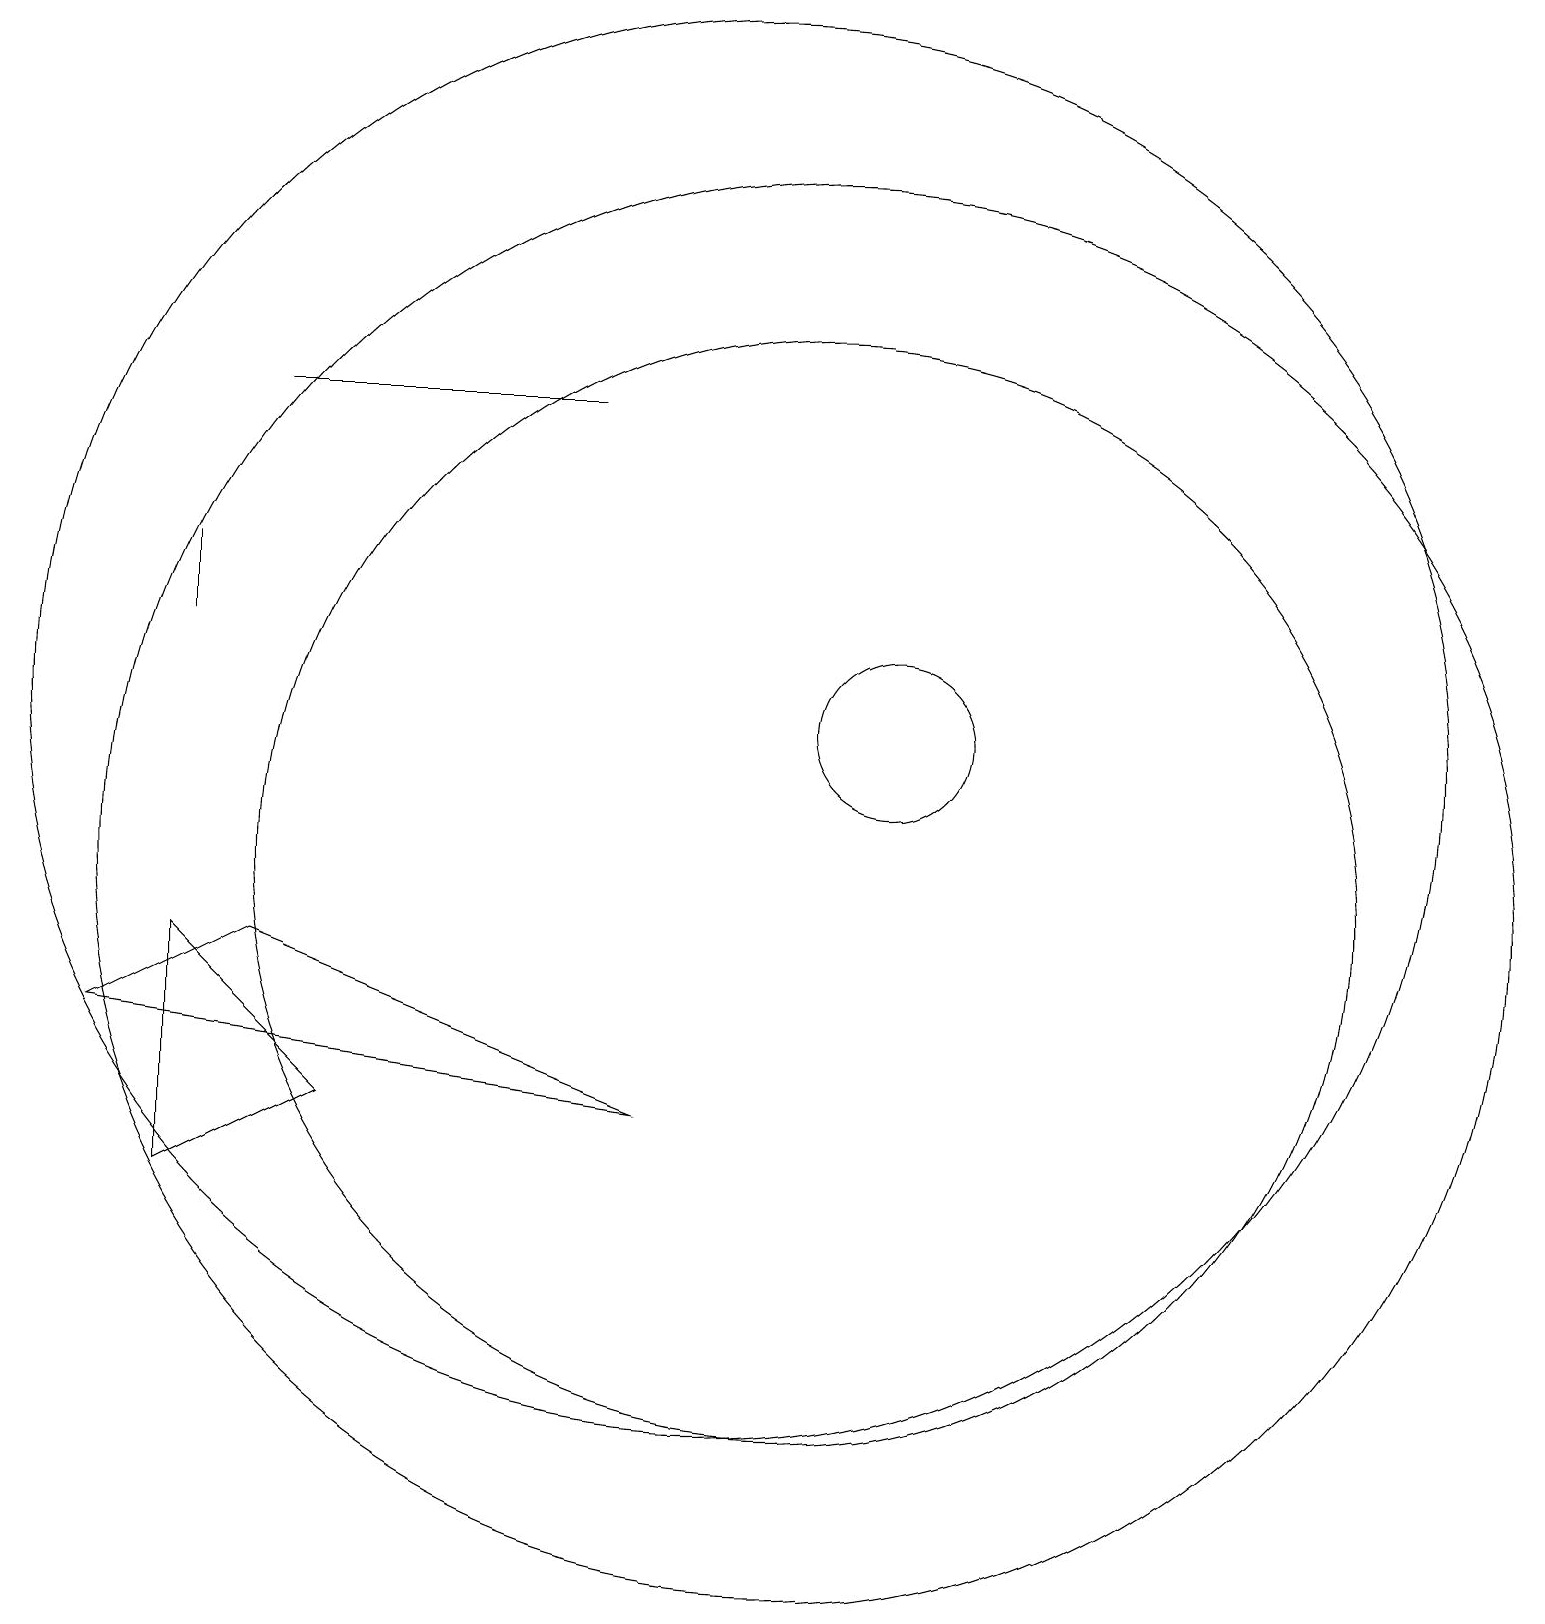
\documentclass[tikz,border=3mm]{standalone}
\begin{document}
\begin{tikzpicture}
\draw (10,12) circle (9);
\draw (4,9) -- (2,8) -- (9,7) -- cycle;
\draw (12,12) circle (1);
\draw (11,10) circle (7);
\draw (3,9) -- (3,6) -- (5,7) -- cycle;
\draw (3,13) rectangle (3,14);
\draw (11,10) circle (9);
\draw (4,16) rectangle (8,16);
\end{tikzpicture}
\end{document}